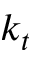
k _ { t }